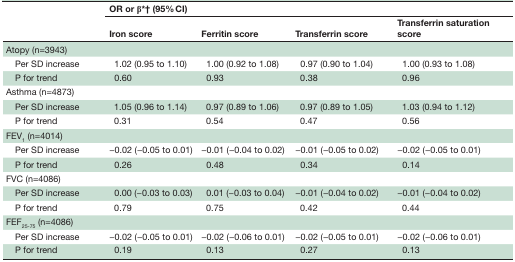
| <ROWSPAN=2>  | <COLSPAN=4> OR or β*† (95% CI) |
 | Iron score | Ferritin score | Transferrin score | Transferrin saturation score |
 | --- | --- | --- | --- | --- |
 | Atopy (n=3943) |  |  |  |  |
 | Per SD increase | 1.02 (0.95 to 1.10) | 1.00 (0.92 to 1.08) | 0.97 (0.90 to 1.04) | 1.00 (0.93 to 1.08) |
 | P for trend | 0.60 | 0.93 | 0.38 | 0.96 |
 | Asthma (n=4873) |  |  |  |  |
 | Per SD increase | 1.05 (0.96 to 1.14) | 0.97 (0.89 to 1.06) | 0.97 (0.89 to 1.05) | 1.03 (0.94 to 1.12) |
 | P for trend | 0.31 | 0.54 | 0.47 | 0.56 |
 | FEV1 (n=4014) |  |  |  |  |
 | Per SD increase | −0.02 (−0.05 to 0.01) | −0.01 (−0.04 to 0.02) | −0.01 (−0.05 to 0.02) | −0.02 (−0.05 to 0.01) |
 | P for trend | 0.26 | 0.48 | 0.34 | 0.14 |
 | FVC (n=4086) |  |  |  |  |
 | Per SD increase | 0.00 (−0.03 to 0.03) | 0.01 (−0.03 to 0.04) | −0.01 (−0.04 to 0.02) | −0.01 (−0.04 to 0.02) |
 | P for trend | 0.79 | 0.75 | 0.42 | 0.44 |
 | FEF25-75 (n=4086) |  |  |  |  |
 | Per SD increase | −0.02 (−0.05 to 0.01) | −0.02 (−0.06 to 0.01) | −0.02 (−0.05 to 0.01) | −0.02 (−0.06 to 0.01) |
 | P for trend | 0.19 | 0.13 | 0.27 | 0.13 |